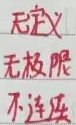
无定义无极限不连续